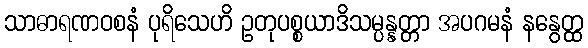
သာဓာရဏဝစနံ ပုရိသေဟိ ဥတုပစ္စယာဒိသမ္ပန္နတ္တာ အပဂမနံ နနွေတ္ထ